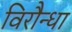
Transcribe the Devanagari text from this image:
विरौन्धा